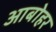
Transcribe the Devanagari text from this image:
आबोहर